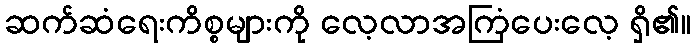
ဆက်ဆံရေးကိစ္စများကို လေ့လာအကြံပေးလေ့ ရှိ၏။